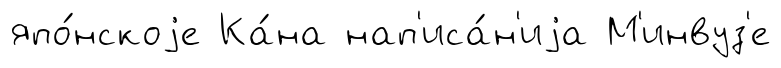
япо́нскоjе Ка́на нап'иса́н'иjа М'инвуз'е